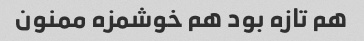
هم تازه بود هم خوشمزه ممنون